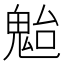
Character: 𩲥